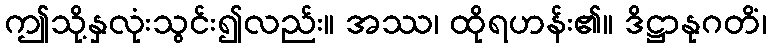
ဤသို့နှလုံးသွင်း၍လည်း။ အဿ၊ ထိုရဟန်း၏။ ဒိဋ္ဌာနုဂတိံ၊